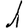
Digit: 1